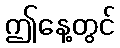
ဤနေ့တွင်